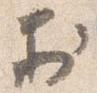
於